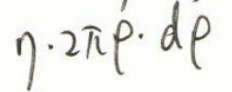
$\eta\cdot 2\pi\rho\cdot d\rho$